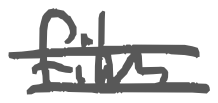
Text: film
Cross-out: double-line
Writing tool: digital_gray